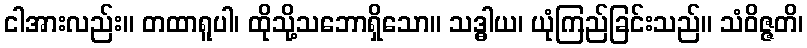
ငါအားလည်း။ တထာရူပါ၊ ထိုသို့သဘောရှိသော။ သဒ္ဓါယ၊ ယုံကြည်ခြင်းသည်။ သံဝိဇ္ဇတိ၊